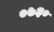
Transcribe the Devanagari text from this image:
०७३०